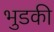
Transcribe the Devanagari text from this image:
भुडकी